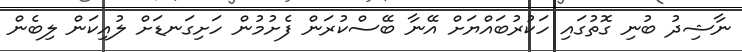
ނާޝިދު ބުނި ގޮތުގައި ހަކުރުބައްޔަށް އޭނާ ބޭސްކުރަން ފެށުމުން ހަށިގަނޑަށް ލުއިކަން ލިބެން